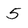
Character: 5